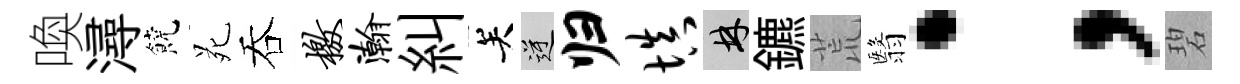
喚潯饒苑吞檄瀚糾关逆归填林鑣荒翳；碧